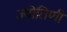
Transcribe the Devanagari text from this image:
ज्योतिणी